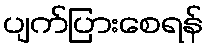
ပျက်ပြားစေရန်